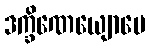
ဒက္ခိဏေယျောပေ